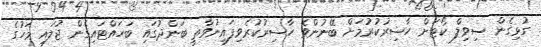
ގުޅިގެން ސިވިލް ކޯޓަށް ހާޟިރުކުރުމަށް ބޭނުންވެ ހާޟިރުކުރެވިފައިނުވާތީ ބަންދުގައި ބަހައްޓައިގެން ޖުލައި މަހުގެ